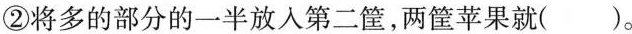
②将多的部分的一半放入第二筐，两筐苹果就( )。